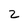
Character: 2